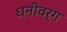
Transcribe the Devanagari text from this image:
धनीवर्ग